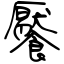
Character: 饜